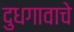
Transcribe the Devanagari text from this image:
दुधगावाचे